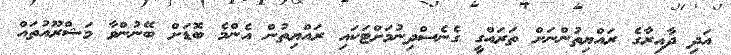
އަދި ދާއިރާގެ ރައްޔިތުންނަށް ތަރައްގީ ގެނެސްދިނުމަށްޓަކައި ރައްޔިތުން އެންމެ ބޮޑަށް ބޭނުންވާ މަޝްރޫއުތައް